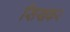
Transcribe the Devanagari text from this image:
सिखकर